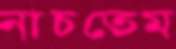
নাচতেম